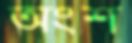
অংশ